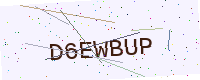
Text: D6EWBUP